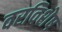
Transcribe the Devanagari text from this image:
वरविशेष